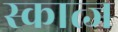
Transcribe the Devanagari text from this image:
स्कात्ज